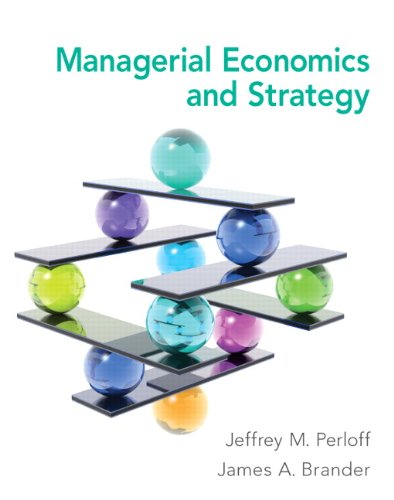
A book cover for Managerial Economics and Strategy; Jeffrey M. Perloff; Business & Money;